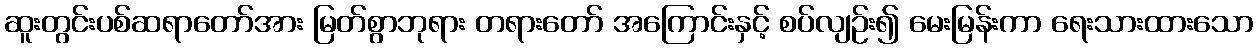
ဆူးတွင်းပစ်ဆရာတော်အား မြတ်စွာဘုရား တရားတော် အကြောင်းနှင့် စပ်လျဉ်း၍ မေးမြန်းကာ ရေးသားထားသော